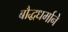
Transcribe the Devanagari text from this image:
बौद्धधर्माने